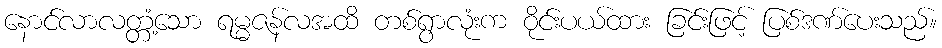
နောင်လာလတ္တံ့သော ရမ္မဇန်လအထိ တစ်ရွာလုံးက ဝိုင်းပယ်ထား ခြင်းဖြင့် ပြစ်ဒဏ်ပေးသည်။